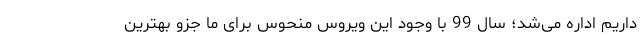
داریم اداره می‌شد؛ سال 99 با وجود این ویروس منحوس برای ما جزو بهترین